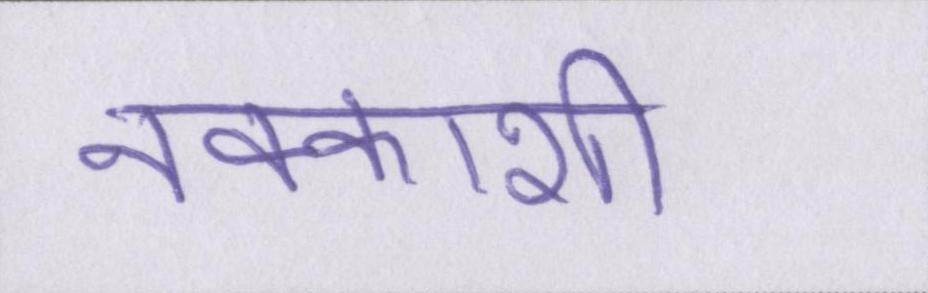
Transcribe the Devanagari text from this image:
नक्काशी